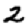
Digit: 2